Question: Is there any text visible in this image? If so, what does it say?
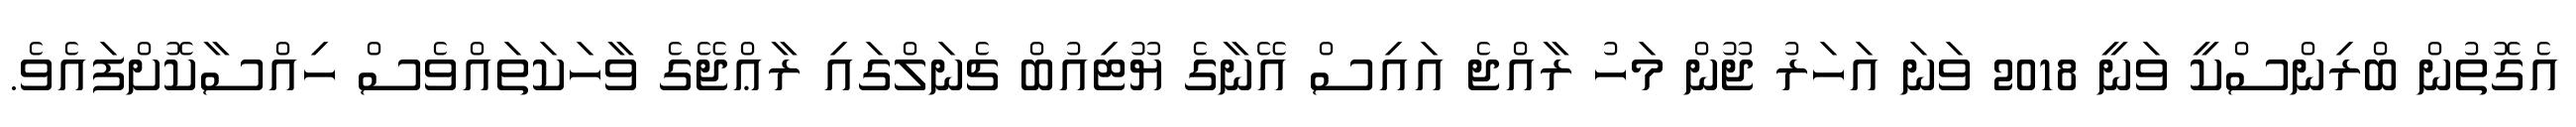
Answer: އެގޮތުން ބްރިންސްކީ ވަނީ 2018 ވަނަ އަހަރު ޖޫން މަހު ރާއްޖެ އައިސް އޭނާގެ ޔޫޓިއުބް ޗެނަލްގައި ރާޢްޖޭގެ ވާހަކަތައްވެސް ހިއްސާކޮށްފައެވެ.